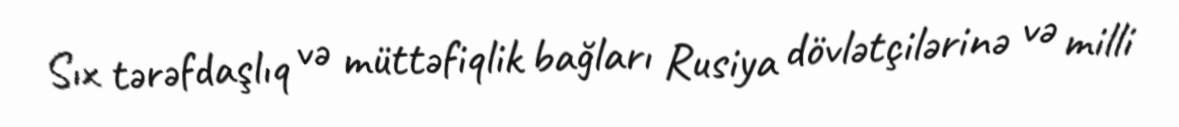
Sıx tərəfdaşlıq və müttəfiqlik bağları Rusiya dövlətçilərinə və milli